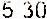
5.30